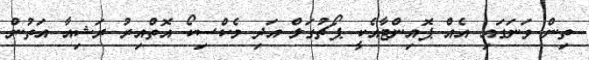
ތިން ވަނަގައި އެއް ޕޮއިންޓާއެކީ ޕޯޗުގަލް އަދި މެކްސިކޯ އޮތްއިރު ރަޝިއާ އަތުން